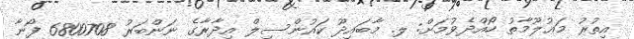
އިތުރު މަޢުލޫމާތު ހޯއްދެވުމަށް: ލ. މާބައިދޫ ކައުންސިލް އިދާރާގެ ނަންބަރު 6800708 ފޯނާ